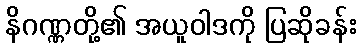
နိဂဏ္ဏတို့၏ အယူဝါဒကို ပြဆိုခန်း